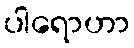
ပါရောဟာ